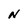
Character: N